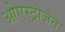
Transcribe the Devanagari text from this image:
ओएस्ट्रोजेन